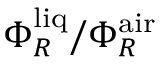
\Phi _ { R } ^ { \mathrm { l i q } } / \Phi _ { R } ^ { \mathrm { a i r } }